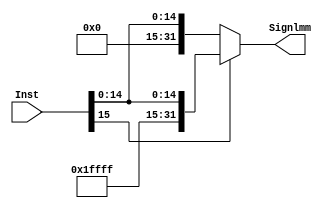
module sign_extend 

( input wire [15:0]Inst,
  output reg  [31:0]Signlmm
);
wire [15:0] ones = 16'b 1111_1111_1111_1111 ;
wire [15:0] zeros = 16'b 0000_0000_0000_0000 ;
always @(*) begin
    if(Inst[15]==1)

        begin
        Signlmm = { ones , Inst[15:0]};
        end
        else
        begin
    
        Signlmm = {zeros , Inst[15:0]};

        end 




end











endmodule